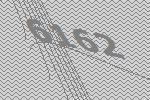
6162